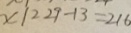
x \vert 2 2 9 - 1 3 = 2 1 6